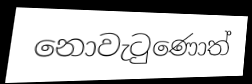
නොවැටුණොත්